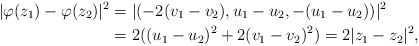
\begin{align*}| \varphi(z_1) -\varphi(z_2) |^2&=| (-2(v_1 - v_2), u_1 - u_2, -(u_1-u_2)) | ^2 \\&=2((u_1-u_2)^2 + 2(v_1 - v_2)^2) =2|z_1 - z_2|^2,\end{align*}